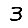
Digit: 3